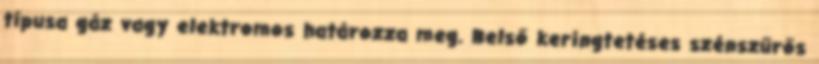
típusa gáz vagy elektromos határozza meg. Belső keringtetéses szénszűrős